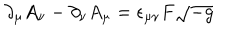
LaTeX: \partial _ { \mu } A _ { \nu } - \partial _ { \nu } A _ { \mu } = \epsilon _ { \mu \nu } F \sqrt { - g }